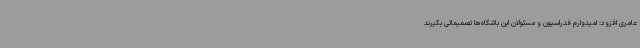
عامری افزود: امیدوارم فدراسیون و مسئولان این باشگاه‌ها تصمیماتی بگیرند